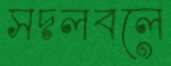
সদলবলে